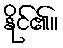
နိုင်၏။